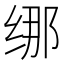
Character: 𱺢